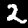
Digit: 2